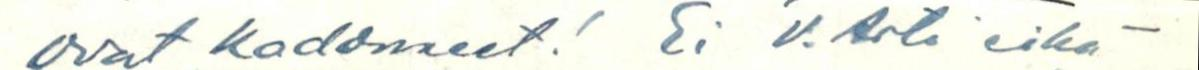
ovat kadonneet! Ei V. Arti eikä